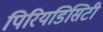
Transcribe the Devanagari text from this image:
पिरियडिसिटी